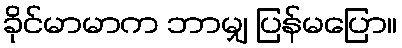
ခိုင်မာမာက ဘာမျှ ပြန်မပြော။